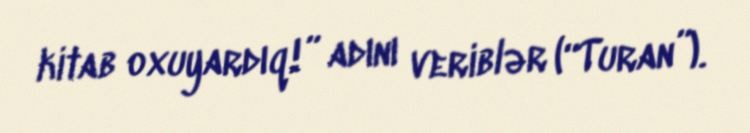
kitab oxuyardıq!” adını veriblər (“Turan”).